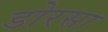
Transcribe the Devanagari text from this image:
डोरसा